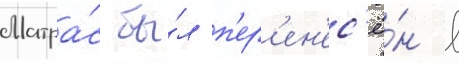
Матра́с бы́л п'ер'ен'ес'ё́н в